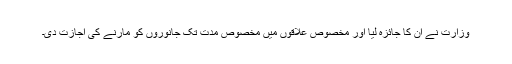
وزارت نے ان کا جائزہ لیا اور مخصوص علاقوں میں مخصوص مدت تک جانوروں کو مارنے کی اجازت دی۔